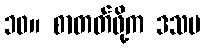
၁၀။ စာတတ်ဖို့က ဒသမ